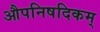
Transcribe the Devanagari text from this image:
औपनिषदिकम्